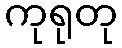
ကုရုတု